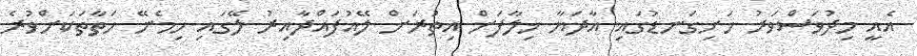
އެއީ މިދުވަސްވަރު ހަށިގަނޑުގައި އާދަޔާ ޚިލާފަށް އިތުރަށް ލޭއުފައްދާއިރު ލޭގައި ހިމެނޭ ހަތާތަކަށްވުރެ